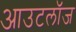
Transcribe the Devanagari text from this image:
आउटलॉज